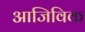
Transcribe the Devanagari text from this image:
आजिविक